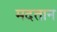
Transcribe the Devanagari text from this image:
मदतान